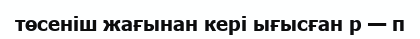
төсеніш жағынан кері ығысған р — п